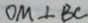
O M \bot B C